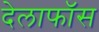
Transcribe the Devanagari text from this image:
देलाफॉस